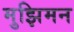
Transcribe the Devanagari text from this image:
मुझिमन